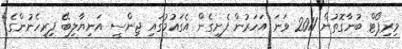
މިރިޕޯޓް ބުނާގޮތުން 2011 ވަނަ އަހަރުން ފެށިގެން އެގައުމުގައި ޖިންސީ އަނިޔާލިބޭ ފިރިހެނުންގެ